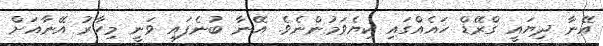
އޭނާ ދިޔައީ ގްރޭޑް ހައެއްގައި ކިޔެވަމުންނެވެ. އޭނާ ބުނެފައި ވަނީ މިހާރު އޭނާއަށް